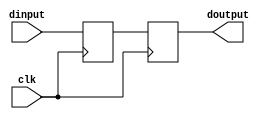
//delay module : doutput delay n clks after idinput
//WIDTH AND DELAYS VALUE MUST BIGGER THAN 2
module ndelay(clk,dinput,doutput);
    parameter WIDTH = 8;
	parameter DELAYS = 2;
	input clk;
    input [WIDTH-1:0] dinput;
    output [WIDTH-1:0] doutput;

	reg[WIDTH-1:0] relay[DELAYS-1:0];
	integer i;

	assign doutput = relay[DELAYS-1];

	always @(posedge clk)
	begin
		relay[0] <= dinput;
		for(i=0;i<DELAYS-1;i=i+1)
		begin
			relay[i+1] <= relay[i];
		end
	end
endmodule